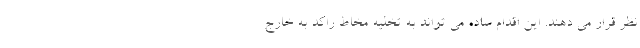
نظر قرار می دهند. این اقدام ساده می تواند به تخلیه مخاط راکد به خارج